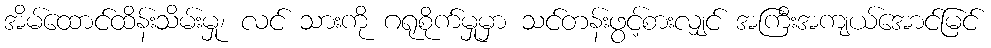
အိမ်ထောင်ထိန်းသိမ်းမှု၊ လင် သားကို ဂရုစိုက်မှုမှာ သင်တန်းဖွင့်စားလျှင် အကြီးအကျယ်အောင်မြင်